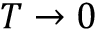
T \to 0